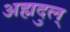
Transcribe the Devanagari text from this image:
अह्मदुल्